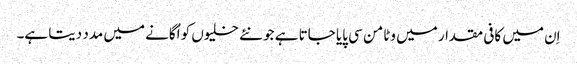
اِن میں کافی مقدار میں وٹامن سی پایا جاتا ہے جو نئے خلیوں کو اُگانے میں مدد دیتا ہے۔